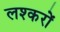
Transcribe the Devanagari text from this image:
लश्करों